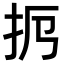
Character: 𢪜